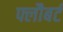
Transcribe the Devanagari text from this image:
फ्लौबर्ट